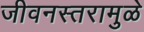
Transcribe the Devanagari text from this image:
जीवनस्तरामुळे